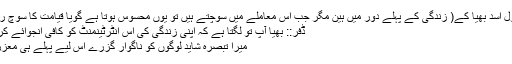
ہم تو ابھی (بقول اسد بھیا کے( زندگی کے پہلے دور میں ہین مگر جب اِس معاملے میں سوچتے ہیں تو یوں محسوس ہوتا ہے گویا قیامت کا سوچ رہے ہیں :cry:
ڈفر:: بھیا آپ تو لگتا ہے کہ اپنی زندگی کی اِس انٹرٹینمنٹ کو کافی انجوائے کر رہے ہیں ;-)
میرا تبصرہ شاید لوگوں کو ناگوار گزرے اس لیے پہلے ہی معزرت چاہتا ہوں۔